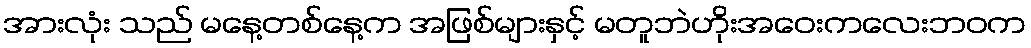
အားလုံး သည် မနေ့တစ်နေ့က အဖြစ်များနှင့် မတူဘဲဟိုးအဝေးကလေးဘဝက